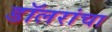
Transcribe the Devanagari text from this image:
डॉलरांचा